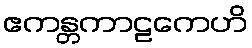
ဧကန္တကာဠကေဟိ